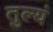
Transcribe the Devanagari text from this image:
तुल्यं